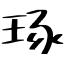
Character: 琢